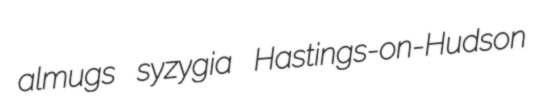
almugs syzygia Hastings-on-Hudson